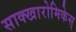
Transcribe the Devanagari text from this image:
साक्खारोमिकेस्